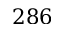
2 8 6